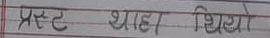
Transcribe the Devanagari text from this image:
प्रस्ट थाहा थियो